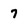
Character: 7